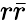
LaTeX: r{\bar{r}}